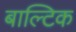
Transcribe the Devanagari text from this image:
बाल्‍टिक